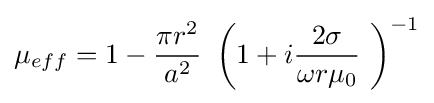
\mu _{eff}=1-{\frac {\pi r^{2}}{a^{2}}}\ \left(1+i{\frac {2\sigma }{\omega r\mu _{0}}}\ \right)^{-1}